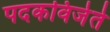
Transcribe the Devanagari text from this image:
पदकविजेते